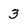
Character: 3